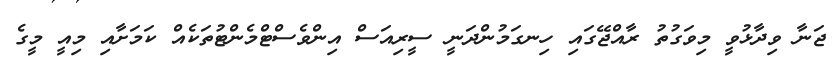
ޖަނާ ވިދާޅުވީ މިވަގުތު ރާއްޖޭގައި ހިނގަމުންދަނީ ސީރިއަސް އިންވެސްޓްމެންޓުތަކެއް ކަމަށާއި މިއީ މީގެ